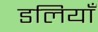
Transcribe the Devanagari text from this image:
डलियाँ